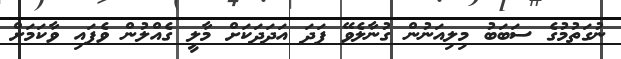
ނުގަތުމުގެ ސަބަބު މިލިއަނުން ގުނާލެވޭ ފަދަ އަދަދަކަށް މާލީ ގެއްލުން ވެފައި ވާކަމަށް